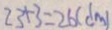
2 3 + 3 = 2 6 ( d m )